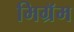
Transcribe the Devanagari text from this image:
मिग्रॅम